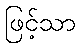
ဖြင့်သာ